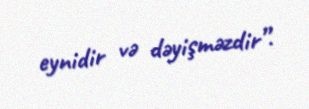
eynidir və dəyişməzdir”.